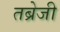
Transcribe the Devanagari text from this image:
तब्रेजी